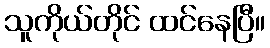
သူကိုယ်တိုင် ထင်နေပြီ။